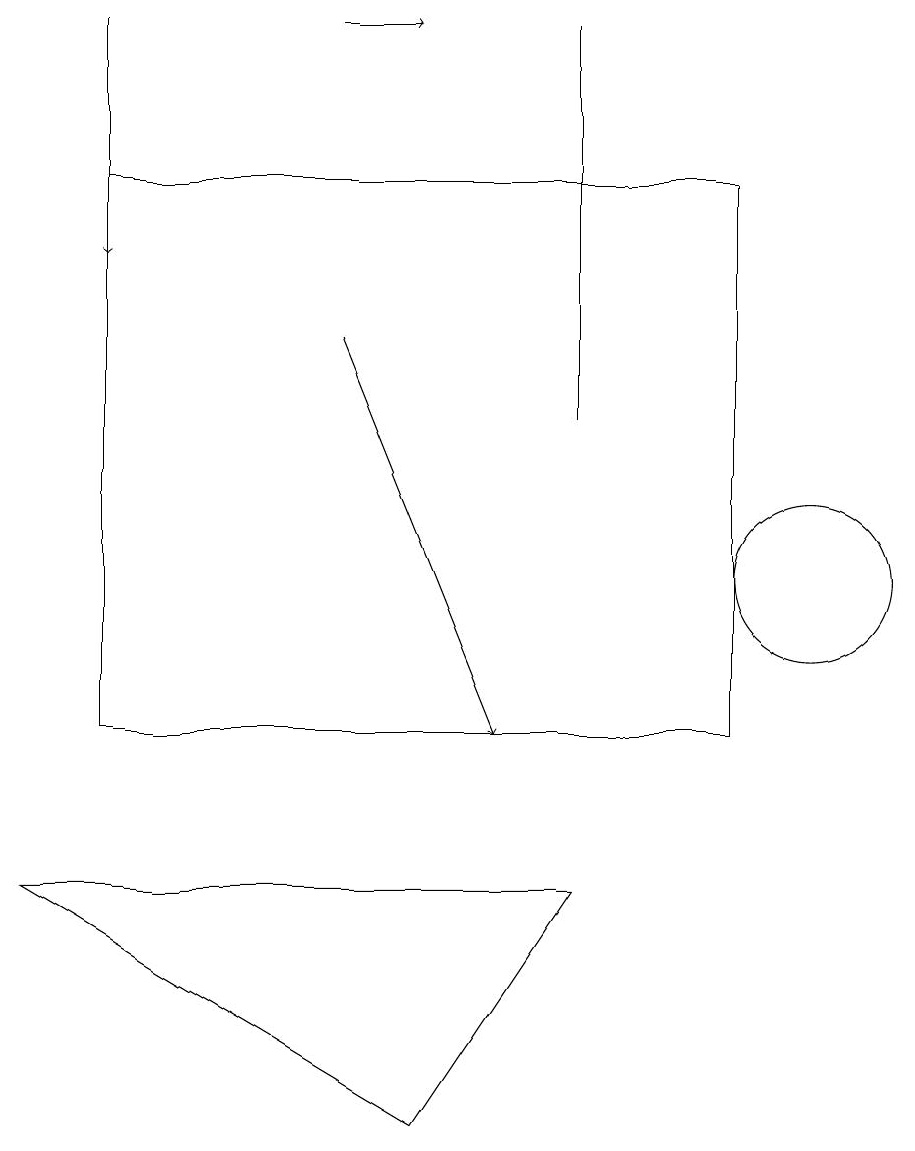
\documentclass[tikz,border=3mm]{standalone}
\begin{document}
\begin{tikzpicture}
\draw (10,12) circle (1);
\draw[->] (1,19) -- (1,16);
\draw[->] (4,15) -- (6,10);
\draw (5,5) -- (7,8) -- (0,8) -- cycle;
\draw (9,17) rectangle (1,10);
\draw (7,19) rectangle (7,14);
\draw[->] (4,19) -- (5,19);
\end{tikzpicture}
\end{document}